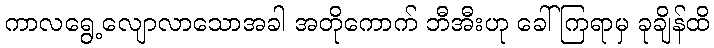
ကာလရွေ့လျောလာသောအခါ အတိုကောက် ဘီအီးဟု ခေါ်ကြရာမှ ခုချိန်ထိ